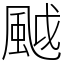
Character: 䬂